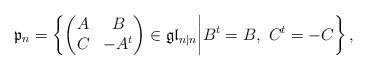
LaTeX: \begin{align*}\mathfrak{p}_n=\left\{\begin{pmatrix}A&B\\C&-A^t\end{pmatrix}\in\mathfrak{gl}_{n|n}\middle|B^{t}=B,\ C^{t}=-C\right\},\end{align*}